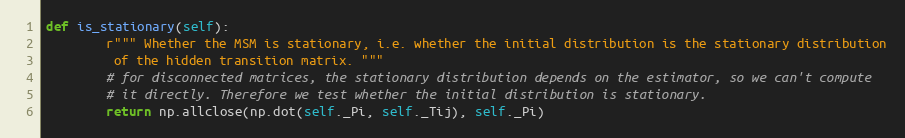
Language: Python
def is_stationary(self):
        r""" Whether the MSM is stationary, i.e. whether the initial distribution is the stationary distribution
         of the hidden transition matrix. """
        # for disconnected matrices, the stationary distribution depends on the estimator, so we can't compute
        # it directly. Therefore we test whether the initial distribution is stationary.
        return np.allclose(np.dot(self._Pi, self._Tij), self._Pi)